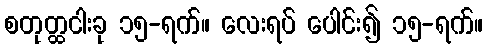
စတုတ္ထငါးခု ၁၅-ရက်။ လေးရပ် ပေါင်း၍ ၁၅-ရက်။